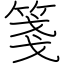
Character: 箋